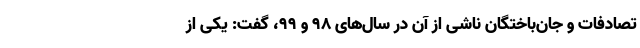
تصادفات و جان‌باختگان ناشی از آن در سال‌های ۹۸ و ۹۹، گفت: یکی از